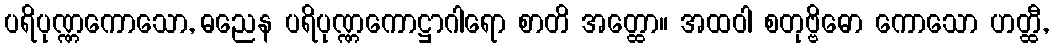
ပရိပုဏ္ဏကောသော, ဓညေန ပရိပုဏ္ဏကောဋ္ဌာဂါရော စာတိ အတ္ထော။ အထဝါ စတုဗ္ဗိဓော ကောသော ဟတ္ထီ,